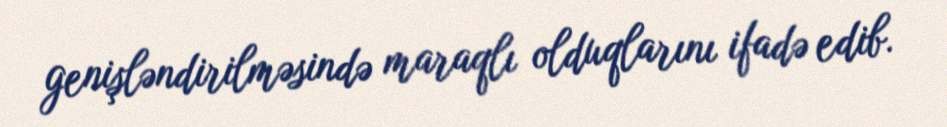
genişləndirilməsində maraqlı olduqlarını ifadə edib.